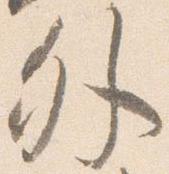
外